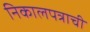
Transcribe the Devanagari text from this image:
निकालपत्राची